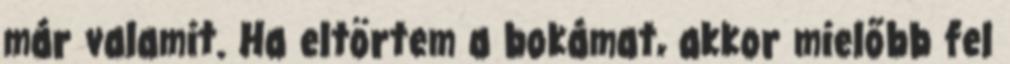
már valamit. Ha eltörtem a bokámat, akkor mielőbb fel